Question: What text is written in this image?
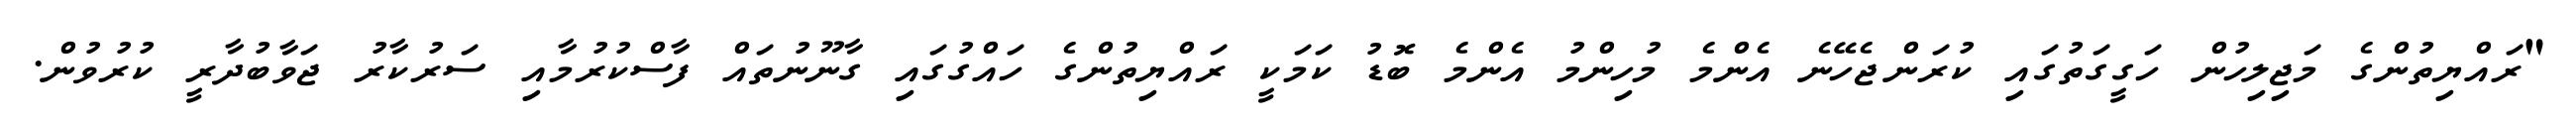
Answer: "ރައްޔިތުންގެ މަޖިލިހުން ހަގީގަތުގައި ކުރަންޖެހޭނެ އެންމެ މުހިންމު އެންމެ ބޮޑު ކަމަކީ ރައްޔިތުންގެ ހައްގުގައި ގާނޫނުތައް ފާސްކުރުމާއި ސަރުކާރު ޖަވާބުދާރީ ކުރުވުން.